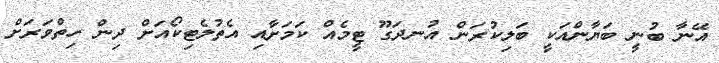
އޭނާ ބުނީ ބަޔާންއަކީ ބަލިކުރަން އުނދަގޫ ޓީމެއް ކަމަށާއި އެތުލެޓިކޯއަށް ދިން ހިތްވަރަށް